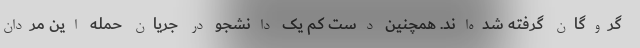
گروگان گرفته شده‌اند. همچنین دست کم یک دانشجو در جریان حمله این مردان